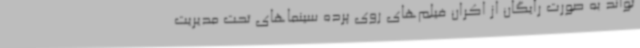
‌تواند به صورت رایگان از اکران فیلم‌های روی پرده سینماهای تحت مدیریت